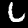
Label: 6